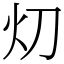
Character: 灱